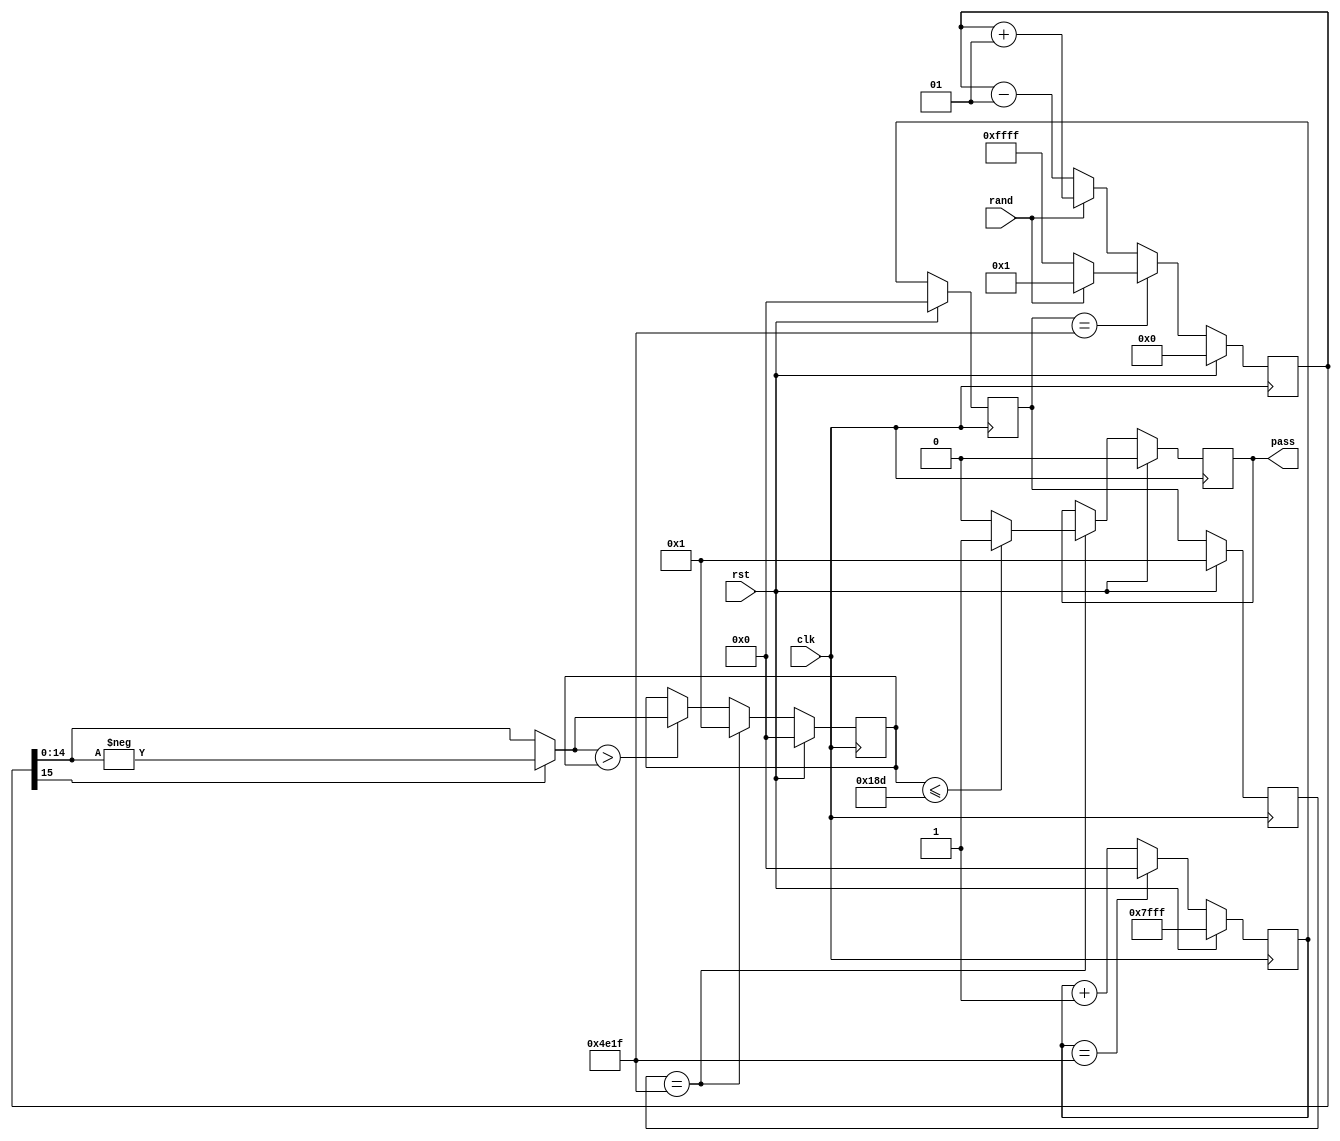
module Cumulative_Sums(
    input wire clk,
	 input wire rst,
    input wire rand,
    output reg pass
    );
	 
parameter N = 20000, U = 397, L = -397;

reg [14:0] count_bits0, count_bits1, count_bits2;
reg signed [15:0] cum_sum;
wire [14:0] abs_cum_sum;
reg [14:0] max_abs_cum_sum;

assign abs_cum_sum = cum_sum[15]? (-cum_sum) : cum_sum;

always @(posedge clk)
	if (rst) begin
		count_bits0 <= 15'H7FFF;
		count_bits1 <= 0;
		count_bits2 <= 1;
		cum_sum <= 0;
		max_abs_cum_sum <= 0;
		pass <= 0;
	end
	else begin 
		count_bits0 <= count_bits0 + 1;
		count_bits1 <= count_bits0;
		count_bits2 <= count_bits1;
		if (count_bits0 == (N-1)) begin
			count_bits0 <= 0;
		end
		
		if (rand) cum_sum <= cum_sum + 1;	
		else cum_sum <= cum_sum - 1;
		if (count_bits1 == (N-1)) begin
			cum_sum <= rand ? 1 : -1;
		end
		
		if (abs_cum_sum > max_abs_cum_sum) max_abs_cum_sum <= abs_cum_sum;
		if (count_bits2 == (N-1)) begin
			max_abs_cum_sum <= 1;
			if (max_abs_cum_sum <= U) pass <= 1;
			else pass <= 0;
		end 
		
	end

endmodule